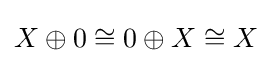
X\oplus 0\cong 0\oplus X\cong X